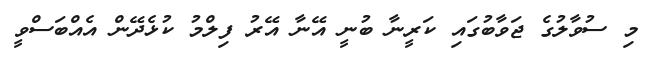
މި ސުވާލުގެ ޖަވާބުގައި ކަރީނާ ބުނީ އޭނާ އޭރު ފިލްމު ކުޅެދޭން އެއްބަސްވީ